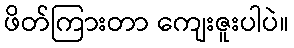
ဖိတ်ကြားတာ ကျေးဇူးပါပဲ။